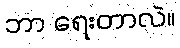
ဘာ ရေးတာလဲ။